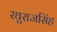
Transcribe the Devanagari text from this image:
रघुराजसिंह